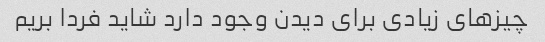
چیزهای زیادی برای دیدن وجود دارد شاید فردا بریم